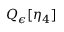
Q _ { \epsilon } [ \eta _ { 4 } ]